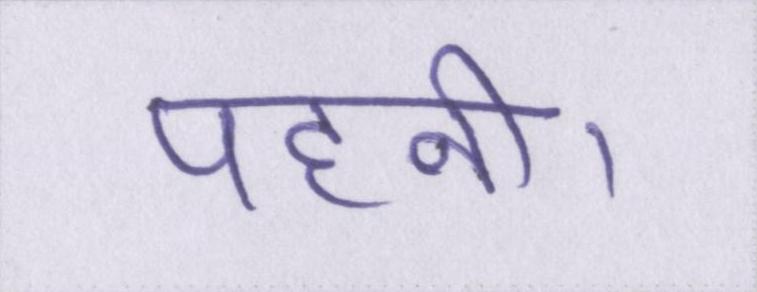
पहनी।